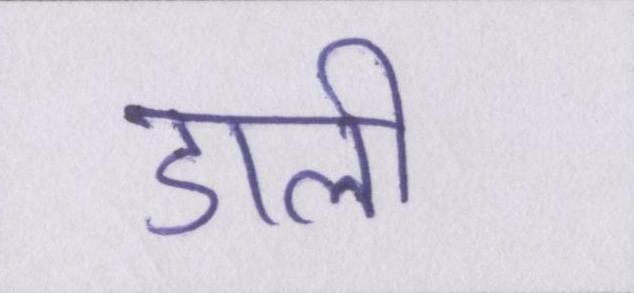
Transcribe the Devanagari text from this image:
डाली